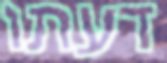
דעתו